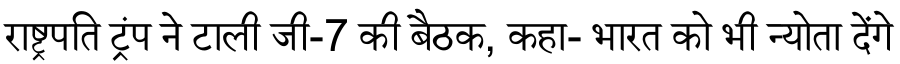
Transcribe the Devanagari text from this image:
राष्ट्रपति ट्रंप ने टाली जी-7 की बैठक, कहा- भारत को भी न्योता देंगे